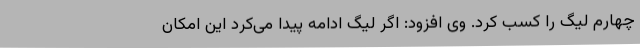
چهارم لیگ را کسب کرد. وی افزود: اگر لیگ ادامه پیدا می‌کرد این امکان